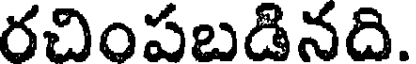
రచింపబడినది.